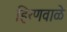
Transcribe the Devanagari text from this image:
हिरणवाळे